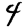
Digit: 4